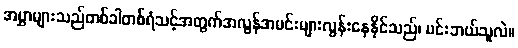
အမွှာများသည်တစ်ခါတစ်ရံသင့်အတွက်အလွန်အမင်းများလွန်းနေနိုင်သည်၊ မင်းဘယ်သူလဲ။